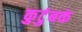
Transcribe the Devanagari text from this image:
कुटुंबकं